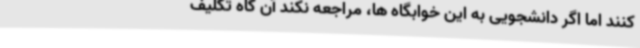
کنند اما اگر دانشجویی به این خوابگاه ها، مراجعه نکند آن گاه تکلیف